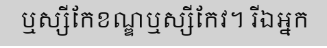
ឬស្សីកែខណ្ឌឬស្សីកែវ។ រីឯអ្នក